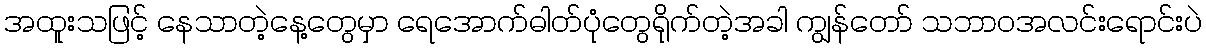
အထူးသဖြင့် နေသာတဲ့နေ့တွေမှာ ရေအောက်ဓါတ်ပုံတွေရိုက်တဲ့အခါ ကျွန်တော် သဘာဝအလင်းရောင်းပဲ